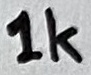
Text: 1K